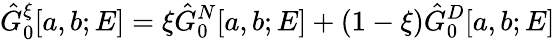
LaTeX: \hat{G}_{0}^{\xi}[a,b;E]=\xi\hat{G}_{0}^{N}[a,b;E]+(1-\xi)\hat{G}_{0}^{D}[a,b;E]